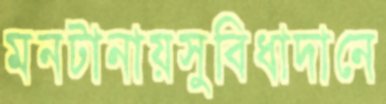
মনটানায়সুবিধাদানে